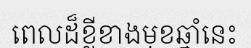
ពេលដ៏ខ្លីខាងមុខឆ្នាំនេះ